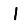
Digit: 1